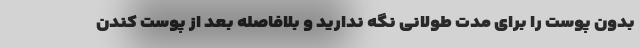
بدون پوست را برای مدت طولانی نگه ندارید و بلافاصله بعد از پوست کندن